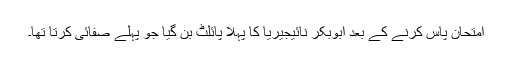
امتحان پاس کرنے کے بعد ابوبکر نائیجیریا کا پہلا پائلٹ بن گیا جو پہلے صفائی کرتا تھا۔